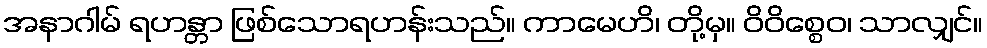
အနာဂါမ် ရဟန္တာ ဖြစ်သောရဟန်းသည်။ ကာမေဟိ၊ တို့မှ။ ဝိဝိစ္စေဝ၊ သာလျှင်။